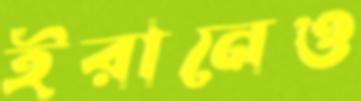
ইরানেও